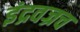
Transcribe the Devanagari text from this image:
इंद्रवज्रच